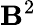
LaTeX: \mathbf{B}^{2}